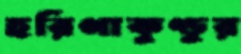
হরিণাকুণ্ডুর